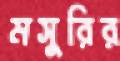
মসুরির